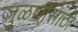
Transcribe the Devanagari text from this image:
जुळणीसाठी